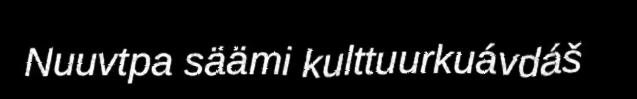
Nuuvtpa säämi kulttuurkuávdáš